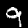
Label: 9